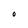
Character: O